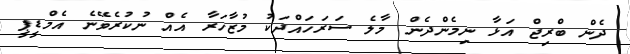
ދެން ބްރިޖް އަޅާ ނިމެންދެން މާލެ ސަރަހައްދަކު މުޒާހަރާ އެއް ނުކުރެވޭނެ އެމްޑީޕީ